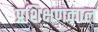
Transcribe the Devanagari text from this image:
प्रशिक्षणकाल